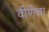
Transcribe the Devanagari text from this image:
वीणेचा